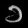
Digit: ၁